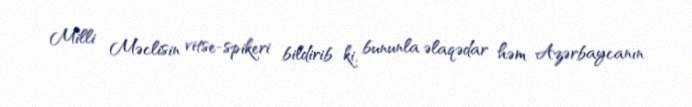
Milli Məclisin vitse-spikeri bildirib ki, bununla əlaqədar həm Azərbaycanın